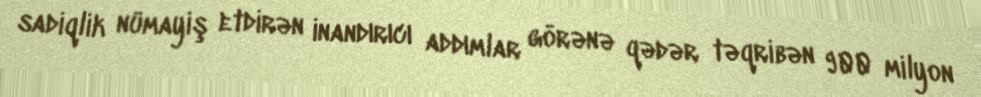
sadiqlik nümayiş etdirən inandırıcı addımlar görənə qədər təqribən 900 milyon